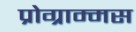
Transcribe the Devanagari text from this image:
प्रोग्राम्मस